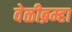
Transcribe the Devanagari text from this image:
वेळीब्रम्हा